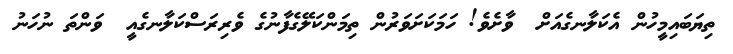
ތިޔަބައިމީހުން އެކަލާނގެއަށް  ވާށެވެ! ހަމަކަށަވަރުން ތިމަންކަލޭގެފާނުގެ ވެރިރަސްކަލާނގެއީ  ވަންތަ ނުހަނު